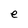
Character: e